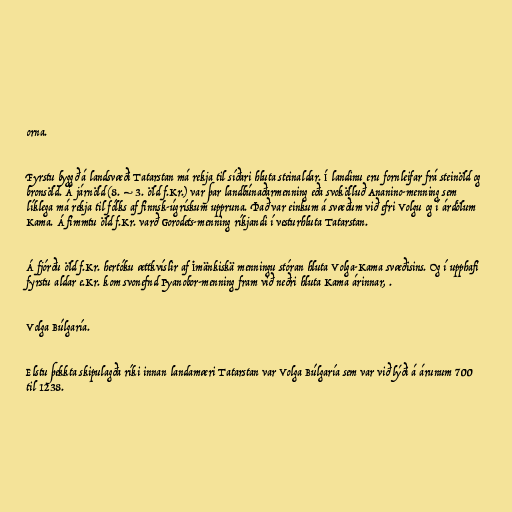
orna.

Fyrstu byggð á landsvæði Tatarstan má rekja til síðari hluta steinaldar. Í landinu eru fornleifar frá steinöld og
bronsöld. Á járnöld (8. – 3. öld f.Kr.) var þar landbúnaðarmenning eða svokölluð Ananino-menning sem
líklega má rekja til fólks af finnsk-úgrískum uppruna. Það var einkum á svæðum við efri Volgu og í árdölum
Kama. Á fimmtu öld f.Kr. varð Gorodets-menning ríkjandi í vesturhluta Tatarstan.

Á fjórðu öld f.Kr. hertóku ættkvíslir af İmänkiskä menningu stóran hluta Volga-Kama svæðisins. Og í upphafi
fyrstu aldar e.Kr. kom svonefnd Pyanobor-menning fram við neðri hluta Kama árinnar, .

Volga Búlgaría.

Elstu þekkta skipulagða ríki innan landamæri Tatarstan var Volga Búlgaría sem var við lýði á árunum 700
til 1238.